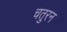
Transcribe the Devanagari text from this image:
चतुरन